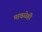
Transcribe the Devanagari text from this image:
मावळेही